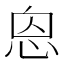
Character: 𢙥